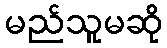
မည်သူမဆို